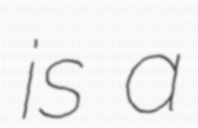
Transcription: is a